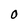
Character: O